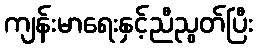
ကျန်းမာရေးနှင့်ညီညွတ်ပြီး